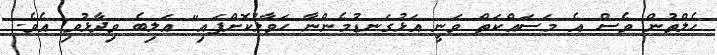
ހެލްތުން ވެސް އެ މަސައްކަތް ވަނީ އަޅުގަނޑުމެންނާ ހަވާލުކޮށްފައި" އަލިބެ ވިދާޅުވި އެވެ.